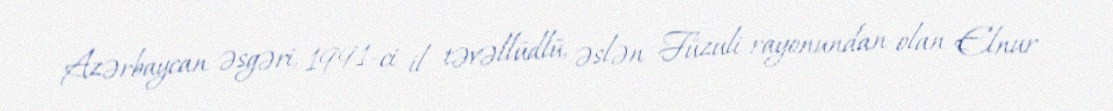
Azərbaycan əsgəri, 1991-ci il təvəllüdlü, əslən Füzuli rayonundan olan Elnur